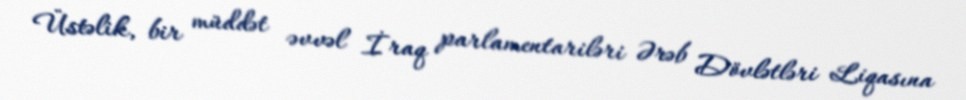
Üstəlik, bir müddət əvvəl İraq parlamentariləri Ərəb Dövlətləri Liqasına